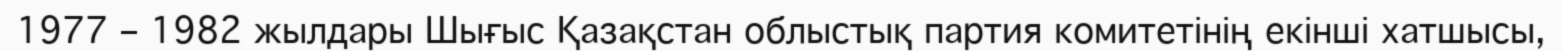
1977 – 1982 жылдары Шығыс Қазақстан облыстық партия комитетінің екінші хатшысы,